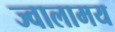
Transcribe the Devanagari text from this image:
ज्वालामय